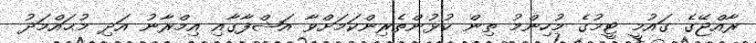
ރާއްޖޭގެ ގައުމީ ޓީމުގެ މުހިންމު ތިން ކުޅުންތެރިންކަމަށްވާ އަޝްފާގާއި އިމްރާނު އަދި މުޙައްމަދު